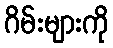
ဂိမ်းများကို